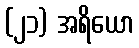
(၂၁) အရိယော